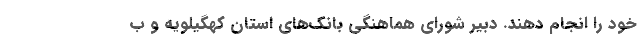
خود را انجام دهند. دبیر شورای هماهنگی بانک‌های استان کهگیلویه و ب